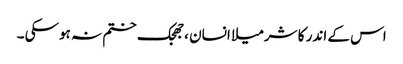
اس کے اندر کا شرمیلا انسان ،جھجک ختم نہ ہوسکی ۔